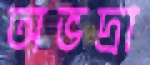
অভদ্রা